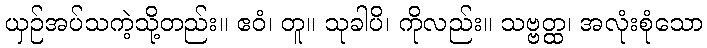
ယှဉ်အပ်သကဲ့သို့တည်း။ ဧဝံ၊ တူ။ သုခါပိ၊ ကိုလည်း။ သဗ္ဗတ္ထ၊ အလုံးစုံသော